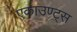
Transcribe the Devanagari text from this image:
एकाउण्‍ट्स